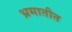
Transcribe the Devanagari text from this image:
भ्रमातीत